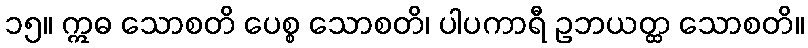
၁၅။ ဣဓ သောစတိ ပေစ္စ သောစတိ၊ ပါပကာရီ ဥဘယတ္ထ သောစတိ။